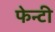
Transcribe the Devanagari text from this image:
फेन्टी